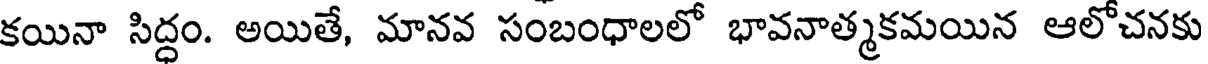
కయినా సిద్ధం. అయితే, మానవ సంబంధాలలో భావనాత్మకమయిన ఆలోచనకు